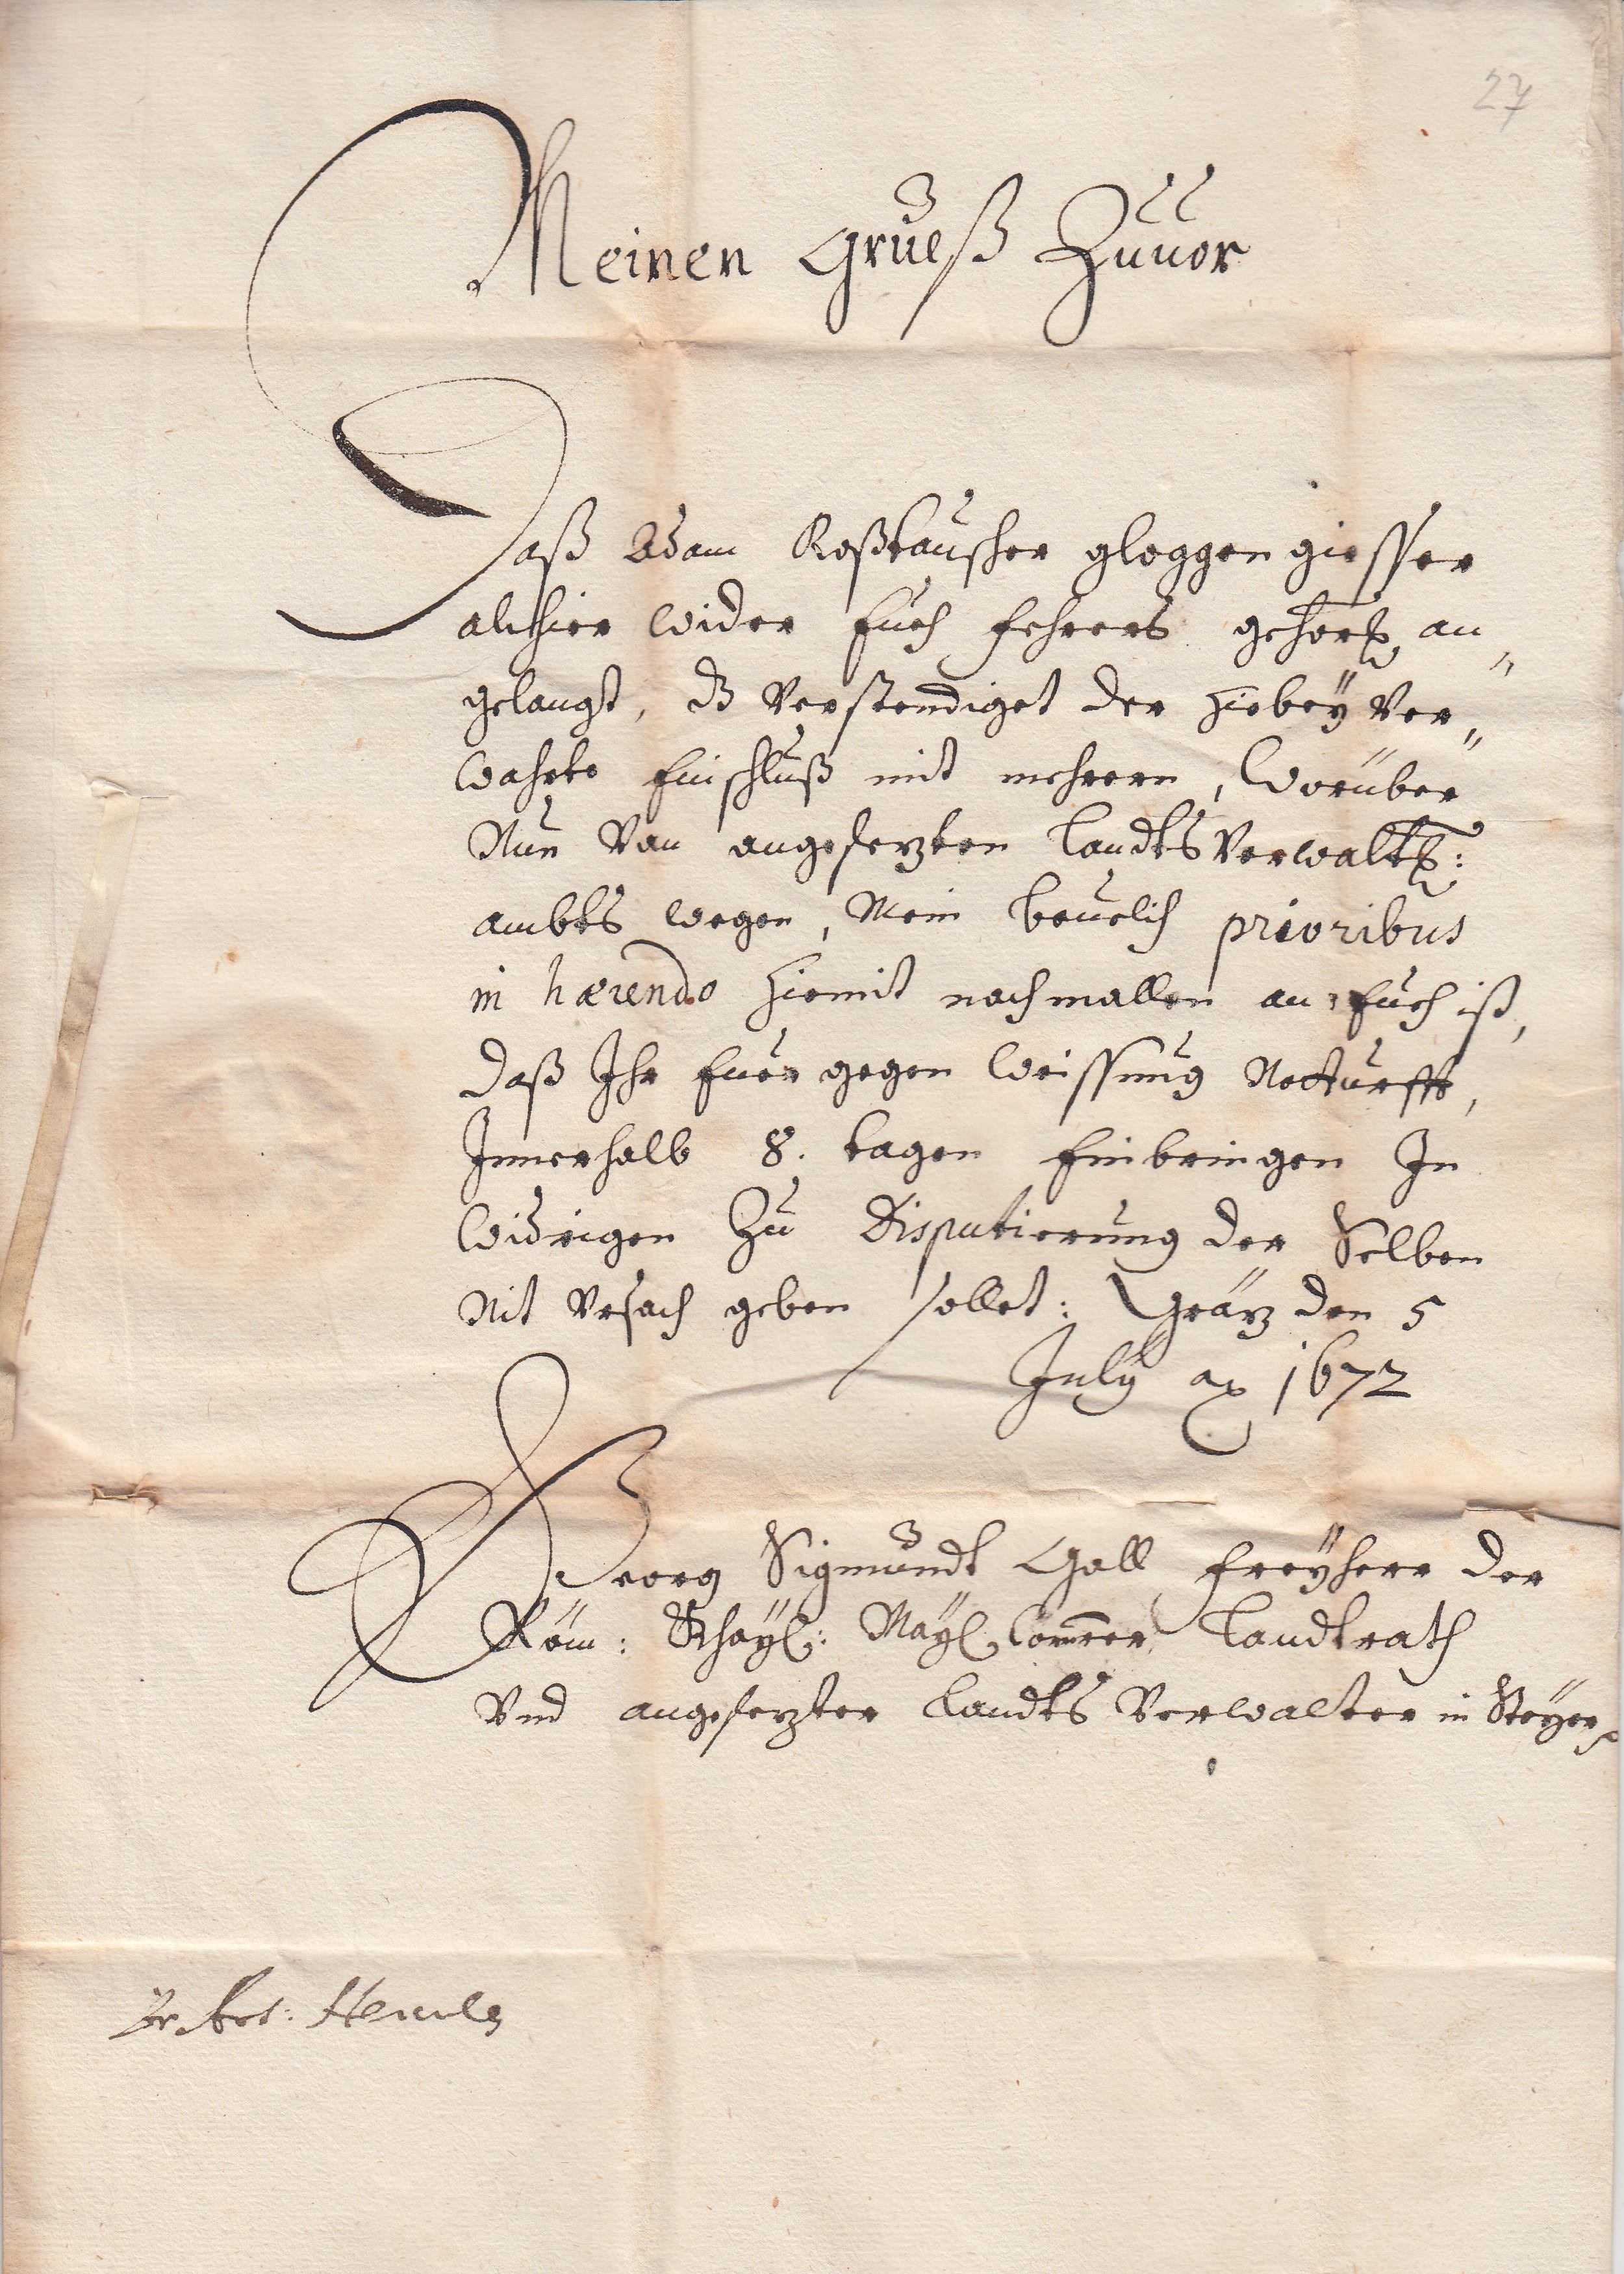
27

Meinen grūeß Zūūor
Daß Adam Roßtaūscher gloggen giesser
alhier wider Eūch Fehrers gehor an¬
gelangt, dz Verstendiget der Hiebeÿ Ver¬
wahrte Einschlūß mit mehrern, Worüber
Nūn Von angesezten Landts Verwalt¬
ambts wegen, Mein beūelich prioribus
in haerendo Hiemit nochmallen an Eūch ist,
daß Ihr Eūer gegen Weissūng Notdūrfft,
Innerhalb 8. tagen Einbringen In
Widrigen Zū Disputierūng der Selben
Nit Vrsach geben sollet: Gräz den 5
Julÿ a 1672
Georg Sigmūndt Gall Freÿherr der
Röm: Khaÿ: Maÿ Cömerer Landtrath
Vnd angesezter Landts Verwalter in Steÿer etc